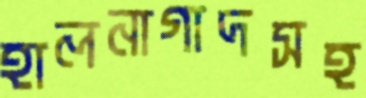
হালনাগাদসহ